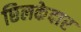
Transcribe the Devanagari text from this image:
छिलकेदार